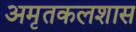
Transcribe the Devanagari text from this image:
अमृतकलशास